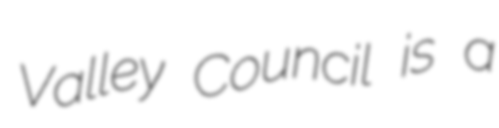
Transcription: Valley Council is a